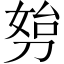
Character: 𠝔